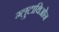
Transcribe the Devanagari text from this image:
ग्लुटाथिओन